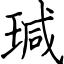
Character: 瑊